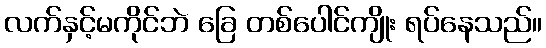
လက်နှင့်မကိုင်ဘဲ ခြေ တစ်ပေါင်ကျိုး ရပ်နေသည်။